Reports on dispensaries and lunatic asylums in the Province of Oudh - 1869-1876
Year: 1869
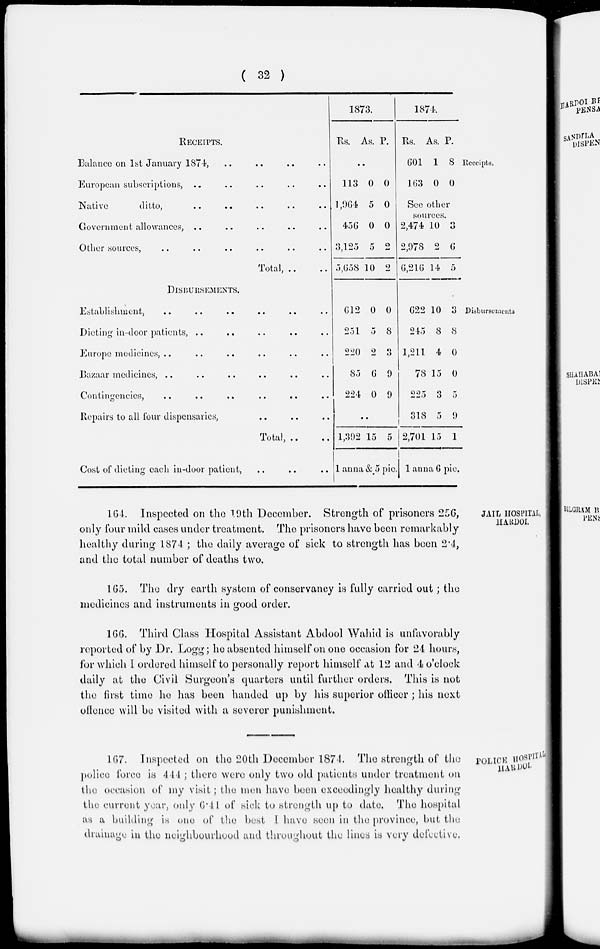
( 32 )
Receipts.
RECEIPTS.
Balance on 1st January 1874, .. .. .. ..
European subscriptions, .. .. .. .. ..
Native
ditto, .. .. .. .. ..
Government allowances, .. .. .. .. ..
Other sources, .. .. .. .. .. ..
Total, .. ..
1873.
Rs.
As. P.
..
113
1,964
456
3,125
5,658
0
5
0
5
10
0
0
0
2
2
1874.
Rs.
601
163
As.
1
0
P.
8
0
See other
sources.
2,474
2,978
6,216
10
2
14
3
6
5
Disbursements
DISBURSEMENTS.
Establishment, .. .. .. .. .. ..
Dieting in-door patients, .. .. .. .. ..
Europe medicines, .. .. .. .. .. ..
Bazaar medicines, .. .. .. .. .. ..
Contingencies, .. .. .. .. .. ..
Repairs to all four dispensaries, .. .. ..
Total, .. ..
Cost of dieting each in-door patient, .. .. ..
612
251
220
85
224
0
5
2
6
0
0
8
3
9
9
..
1,392 15 5
1 anna & 5 pie.
622
245
1,211
78
225
318
2,701
10
8
4
15
3
5
15
3
8
0
0
5
9
1
1 anna 6 pie.
JAIL HOSPITAL,
HARDOI.
164. Inspected on the 19th December. Strength of prisoners 256,
only four mild cases under treatment. The prisoners have been remarkably
healthy during 1874 ; the daily average of sick to strength has been 2.4,
and the total number of deaths two.
165. The dry earth system of conservancy is fully carried out; the
medicines and instruments in good order.
166. Third Class Hospital Assistant Abdool Wahid is unfavorably
reported of by Dr. Logg; he absented himself on one occasion for 24 hours,
for which I ordered himself to personally report himself at 12 and 4 o'clock
daily at the Civil Surgeon's quarters until further orders. This is not
the first time he has been handed up by his superior officer ; his next
offence will be visited with a severer punishment.
POLICE HOSPITAL
HARDOI.
167. Inspected on the 20th December 1874. The strength of the
police force is 444 ; there were only two old patients under treatment on
the occasion of my visit; the men have been exceedingly healthy during
the current year, only 6.44 of sick to strength up to date. The hospital
as a building is one of the best I have seen in the province, but the
drainage in the neighbourhood and throughout the lines is very defective.